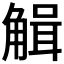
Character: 𧤏